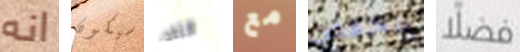
انه سيكون الثالث مع انخفض فضلا